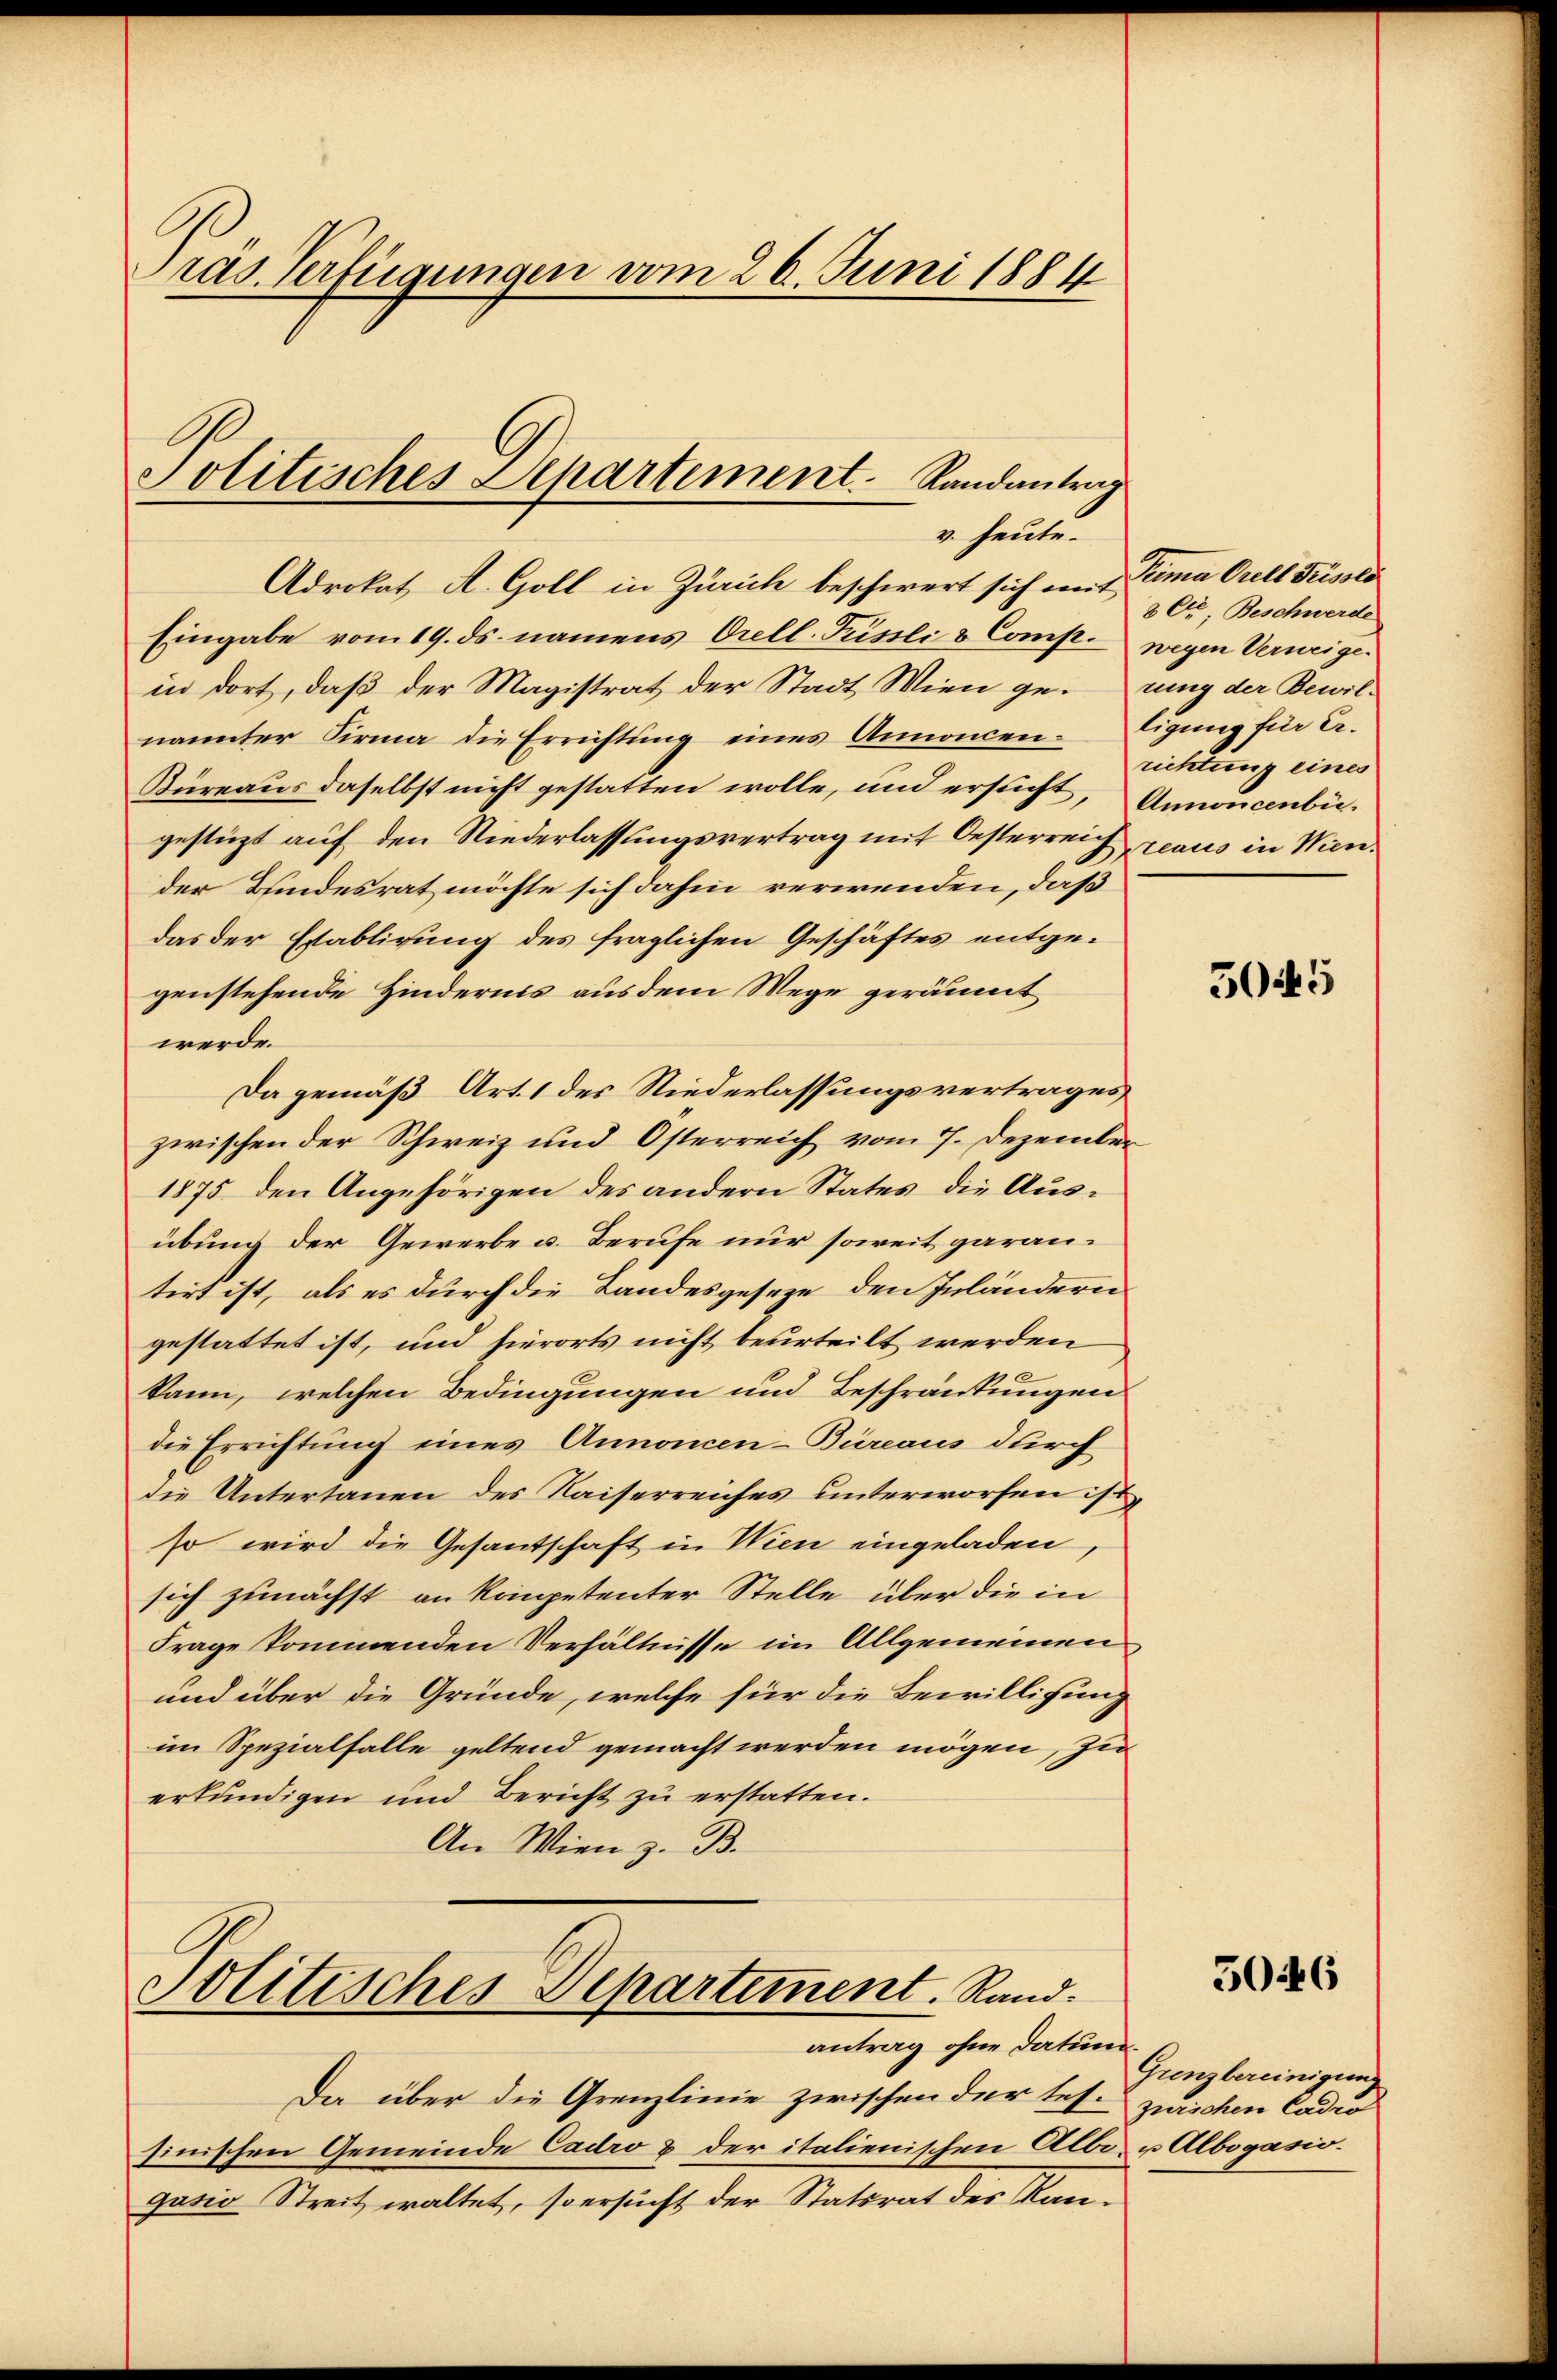
räs. Verfügungen vom 26. Juni 1884

Adrokat A. Goll in Zürich beschwert sich mit
Eingabe vom 19. ds. namens Orell. Püsli & Comp. wegen Verweigein dort, daß der Magistrat der Stadt Wien gerung der Bewilnannter Firma die Errichtŭng eines Annoncen-Eigung für 2.
Türeaus daselbst nicht gestatten wolle, und ersucht, Annoncenbügestüzt auf den Niederlassungsvertrag mit Oesterreich reaus in Wiender Bundesrat möchte sich dahin verwenden, daß
das der Establirung des fraglichen Geschäftes entgegenstehende Hindernis aus dem Wege geräumt
werde.
Da gemäß Art. 1 des Niederlassungsvertrages
zwischen der Schweiz und Osterreich vom 7. Dezember
1875 den Angehörigen des andern States die Ausübung der Gewerbe u. Berufe nur soweit garantirt ist, als es durch die Landesgeseze den Inländern
gestattet ist, und hierorts nicht beurteilt werden
kann, welchen Bedingungen und Beschränkungen
die Errichtung eines Annoncen-Büreaus durch
die Untertanen des Kaiserreiches unterworfen ist,
so wird die Gesantschaft in Wien eingeladen,
sich zunächst an kompetenter Stelle über die in
Frage kommenden Verhältnisse im Allgemeinen
und über die Gründe, welche für die Bewilligung
im Spezialfalle geltend gemacht werden mögen, zu
erkundigen und Bericht zu erstatten.
An Wien z. B.

Politisches Departement. Randantrag
v. heute.

politisches Departement. Rand.
antrag ohne Datum.

Da über die Grenzlinie zwischen der test zurichen Cadio
sinischen Gemeinde Cadro & der italienischen Albo- u Albogasio.
gasio Streit waltet, so ersucht der Statsrat des Kan¬

Tuma Orell Prisold
8 Dr. Beschwerde
richtung eines

5045

5046

Gunzbereinigung